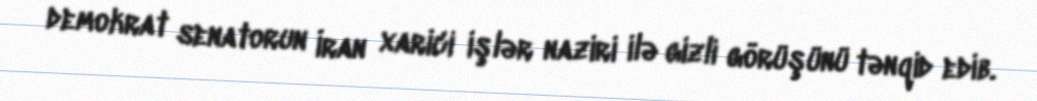
demokrat senatorun İran xarici işlər naziri ilə gizli görüşünü tənqid edib.